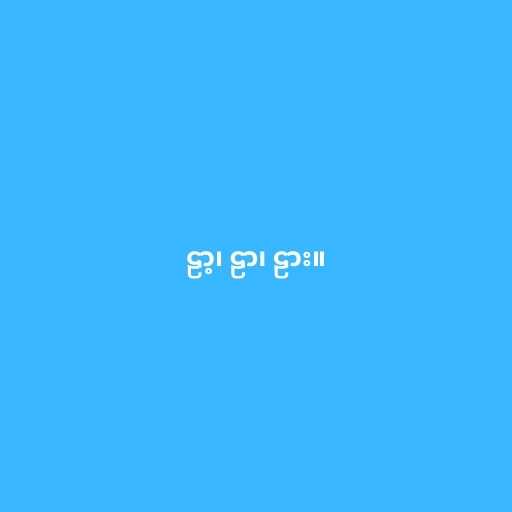
ဠာ့၊ ဠာ၊ ဠား။